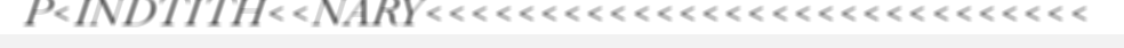
P<INDTITH<<NARY<<<<<<<<<<<<<<<<<<<<<<<<<<<<<